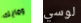
ومايك لوسي